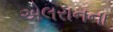
એલરાનના